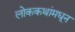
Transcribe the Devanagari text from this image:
लोककथांमधून